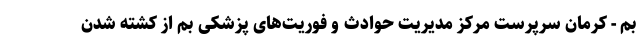
بم - کرمان سرپرست مرکز مدیریت حوادث و فوریت‌های پزشکی بم از کشته شدن